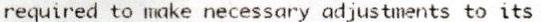
REQUIRED TO MAKE NECESSARY ADJUSTMENTS TO ITS